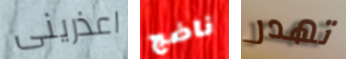
اعذرينى ناضج تهدر